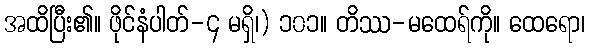
အထိပြီး၏။ ဖိုင်နံပါတ်-၄ မရှိ၊) ၁၀၁။ တိဿ-မထေရ်ကို။ ထေရော၊